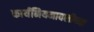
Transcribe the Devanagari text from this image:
कार्यनियमावलीच्या